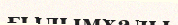
ғылымхалы